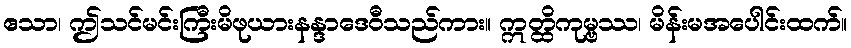
ဧသာ၊ ဤသင်မင်းကြီးမိဖုယားနန္ဒာဒေဝီသည်ကား။ ဣတ္ထိကုမ္ဗဿ၊ မိန်းမအပေါင်းထက်။